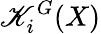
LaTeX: \mathscr{K}_{i}^{G}(X)